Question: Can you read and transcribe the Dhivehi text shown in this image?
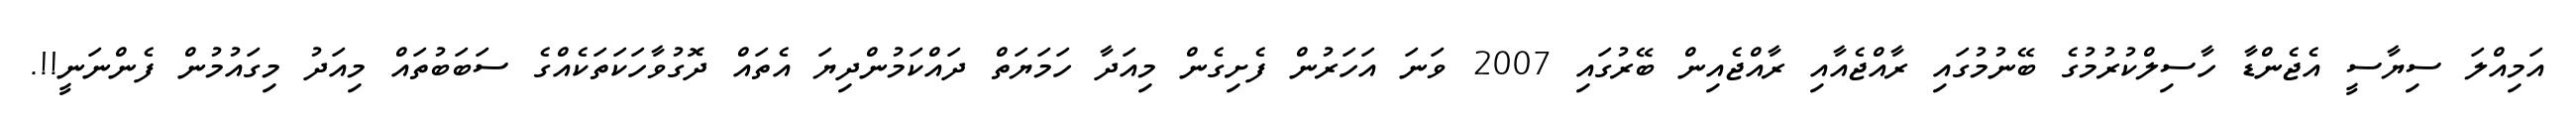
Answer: އަމިއްލަ ސިޔާސީ އެޖެންޑާ ހާސިލްކުރުމުގެ ބޭނުމުގައި ރާއްޖެއާއި ރާއްޖެއިން ބޭރުގައި 2007 ވަނަ އަހަރުން ފެށިގެން މިއަދާ ހަމަޔަތް ދައްކަމުންދިޔަ އެތައް ދޮގުވާހަކަތަކެއްގެ ސަބަބުތައް މިއަދު މިގައުމުން ފެންނަނީ!!.